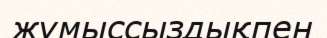
жұмыссыздықпен